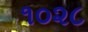
૧૦૨૮